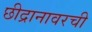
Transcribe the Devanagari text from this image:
छीद्रानावरची